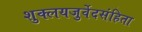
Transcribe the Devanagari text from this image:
शुक्लयजुर्वेदसंहिता